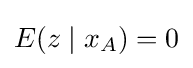
E(z\mid x_{A})=0